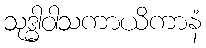
သုဒ္ဓါဝါသကာယိကာနံ